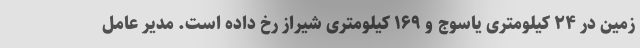
زمین در ۲۴ کیلومتری یاسوج و ۱۶۹ کیلومتری شیراز رخ داده است. مدیر عامل